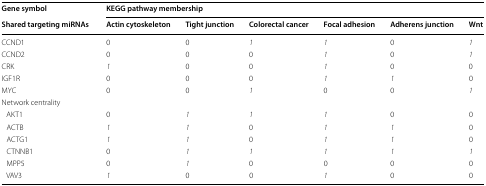
| Gene symbol | <COLSPAN=6> KEGG pathway membership |
 | Shared targeting miRNAs | Actin cytoskeleton | Tight junction | Colorectal cancer | Focal adhesion | Adherens junction | Wnt |
 | --- | --- | --- | --- | --- | --- | --- |
 | CCND1 | 0 | 0 | 1 | 1 | 0 | 1 |
 | CCND2 | 0 | 0 | 0 | 1 | 0 | 1 |
 | CRK | 1 | 0 | 0 | 1 | 0 | 0 |
 | IGF1R | 0 | 0 | 0 | 1 | 1 | 0 |
 | MYC | 0 | 0 | 1 | 0 | 0 | 1 |
 | <COLSPAN=7> Network centrality |
 | AKT1 | 0 | 1 | 1 | 1 | 0 | 0 |
 | ACTB | 1 | 1 | 0 | 1 | 1 | 0 |
 | ACTG1 | 1 | 1 | 0 | 1 | 1 | 0 |
 | CTNNB1 | 0 | 1 | 1 | 1 | 1 | 1 |
 | MPP5 | 0 | 1 | 0 | 0 | 0 | 0 |
 | VAV3 | 1 | 0 | 0 | 1 | 0 | 0 |